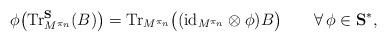
LaTeX: \begin{align*}\phi\bigl(\textup{Tr}_{M^{\pi_n}}^{\mathbf{S}}(B)\bigr)=\textup{Tr}_{M^{\pi_n}}\bigl((\textup{id}_{M^{\pi_n}}\otimes\phi)B\bigr)\qquad\forall\, \phi\in\mathbf{S}^*,\end{align*}